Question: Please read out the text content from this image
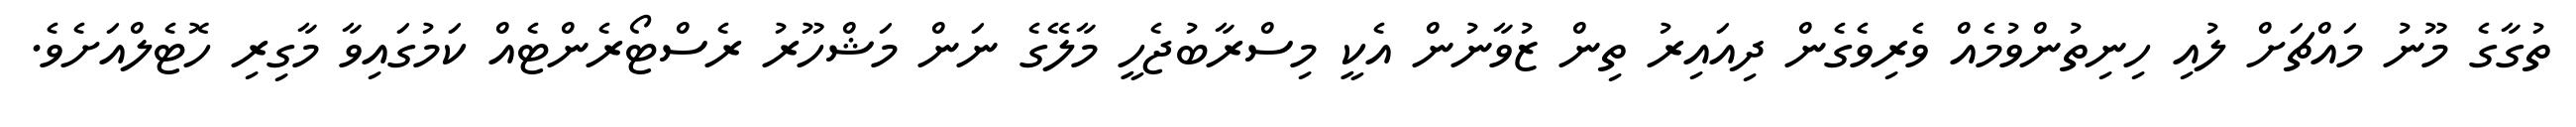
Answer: ތުގާގެ މޫނު މައްޗަށް ލުއި ހިނިތުންވުމެއް ވެރިވެގެން ދިއައިރު ތިން ޒުވާނުން އެކީ މިސްރާބުޖެހީ މާލޭގެ ނަން މަޝްހޫރު ރެސްޓޯރެންޓެއް ކަމުގައިވާ މާގިރި ހޮޓެލްއަށެވެ.